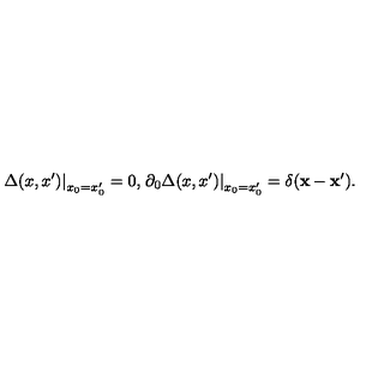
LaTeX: \left. \Delta ( x , x ^ { \prime } ) \right| _ { x _ { 0 } = x _ { 0 } ^ { \prime } } = 0 , \left. \partial _ { 0 } \Delta ( x , x ^ { \prime } ) \right| _ { x _ { 0 } = x _ { 0 } ^ { \prime } } = \delta ( { \bf x } - { \bf x } ^ { \prime } ) .